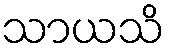
သာယသိ